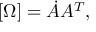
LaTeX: [ \Omega ] = { \dot { A } } A ^ { T } ,